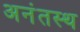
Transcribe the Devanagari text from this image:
अनंतस्थ